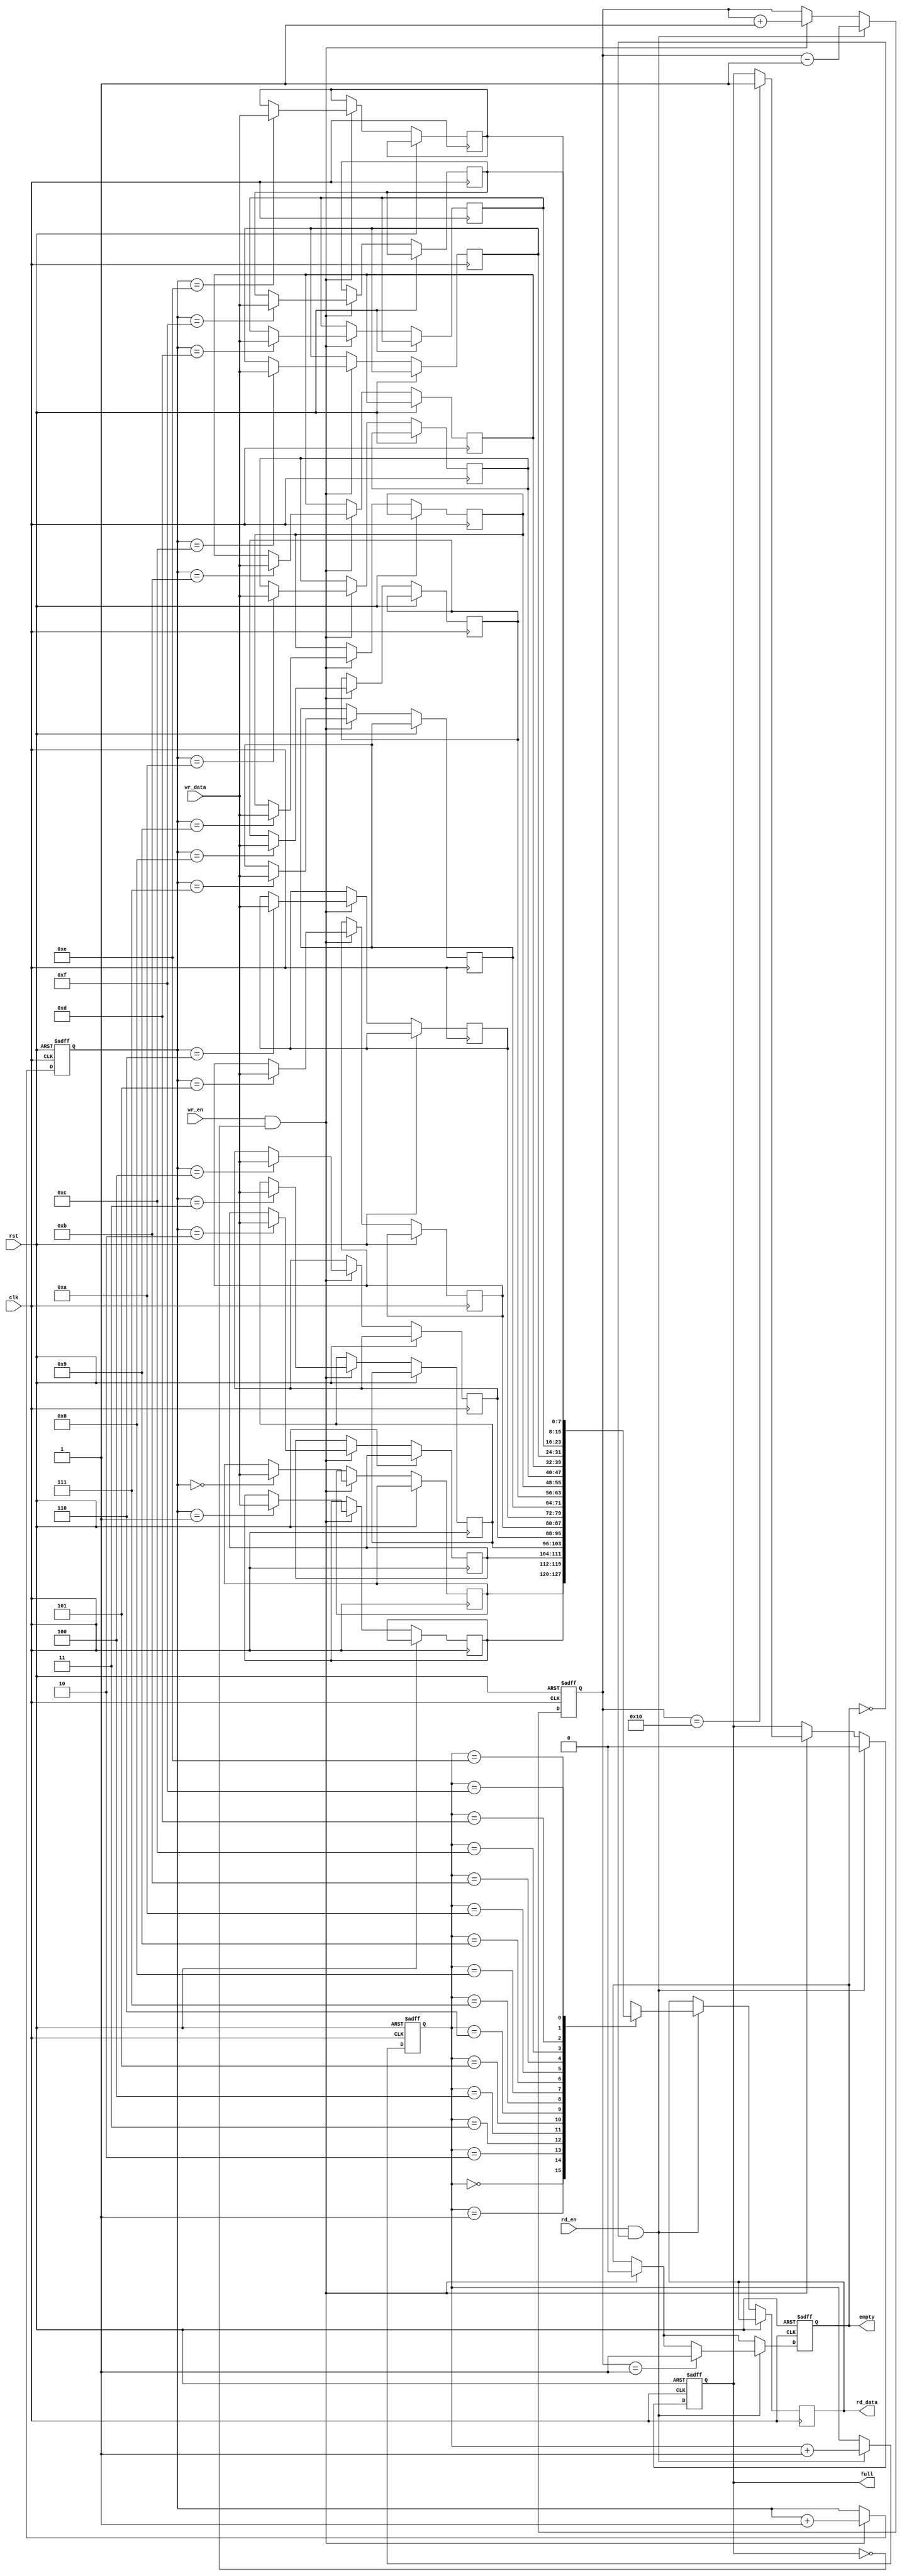
module dual_port_fifo_buffer (
  input clk,
  input rst,
  input wr_en,
  input rd_en,
  input [DATA_WIDTH-1:0] wr_data,
  output reg [DATA_WIDTH-1:0] rd_data,
  output reg full,
  output reg empty
  );

parameter DEPTH = 16;
parameter DATA_WIDTH = 8;

reg [DATA_WIDTH-1:0] fifo[0:DEPTH-1];
reg [3:0] wr_ptr, rd_ptr;
reg [DEPTH-1:0] count;

always @(posedge clk or posedge rst) begin
  if (rst) begin
    wr_ptr <= 4'h0;
    rd_ptr <= 4'h0;
    count <= 5'b0;
    full <= 1'b0;
    empty <= 1'b1;
  end else begin
    if (wr_en && !full) begin
      fifo[wr_ptr] <= wr_data;
      wr_ptr <= wr_ptr + 1;
      count <= count + 1;
      if (count == DEPTH) begin
        full <= 1'b1;
      end
      empty <= 1'b0;
    end

    if (rd_en && !empty) begin
      rd_data <= fifo[rd_ptr];
      rd_ptr <= rd_ptr + 1;
      count <= count - 1;
      if (count == 1) begin
        empty <= 1'b1;
      end
      full <= 1'b0;
    end
  end
end

endmodule